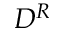
D ^ { R }